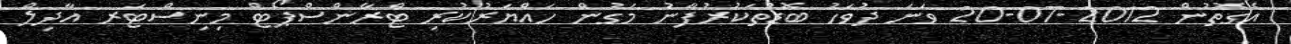
އެގޮތުން 2012-07-20 ވަނަ ދުވަހު ބޮޑުތަކުރުފާނު މަގުން ހައްޔަރުކުރި ޓްރާންސްޕޯޓް މިނިސްޓަރ އާދިލް